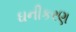
ઘનીકરણ